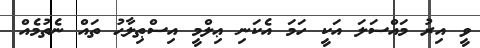
ވީ އިރު މައްސަލަ އަކީ ހަމަ އެކަނި ޢިލްމީ އިސްޠިލާޙު ތައް ނެތުމެއް